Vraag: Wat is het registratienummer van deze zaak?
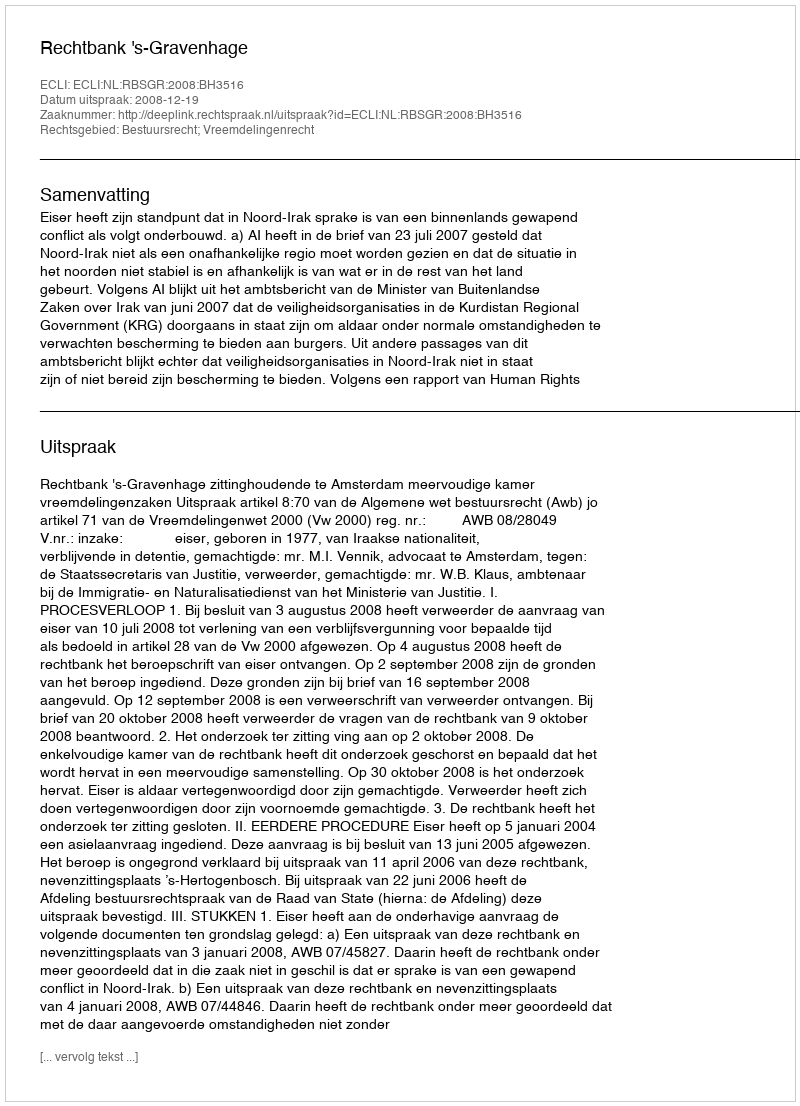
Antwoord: http://deeplink.rechtspraak.nl/uitspraak?id=ECLI:NL:RBSGR:2008:BH3516